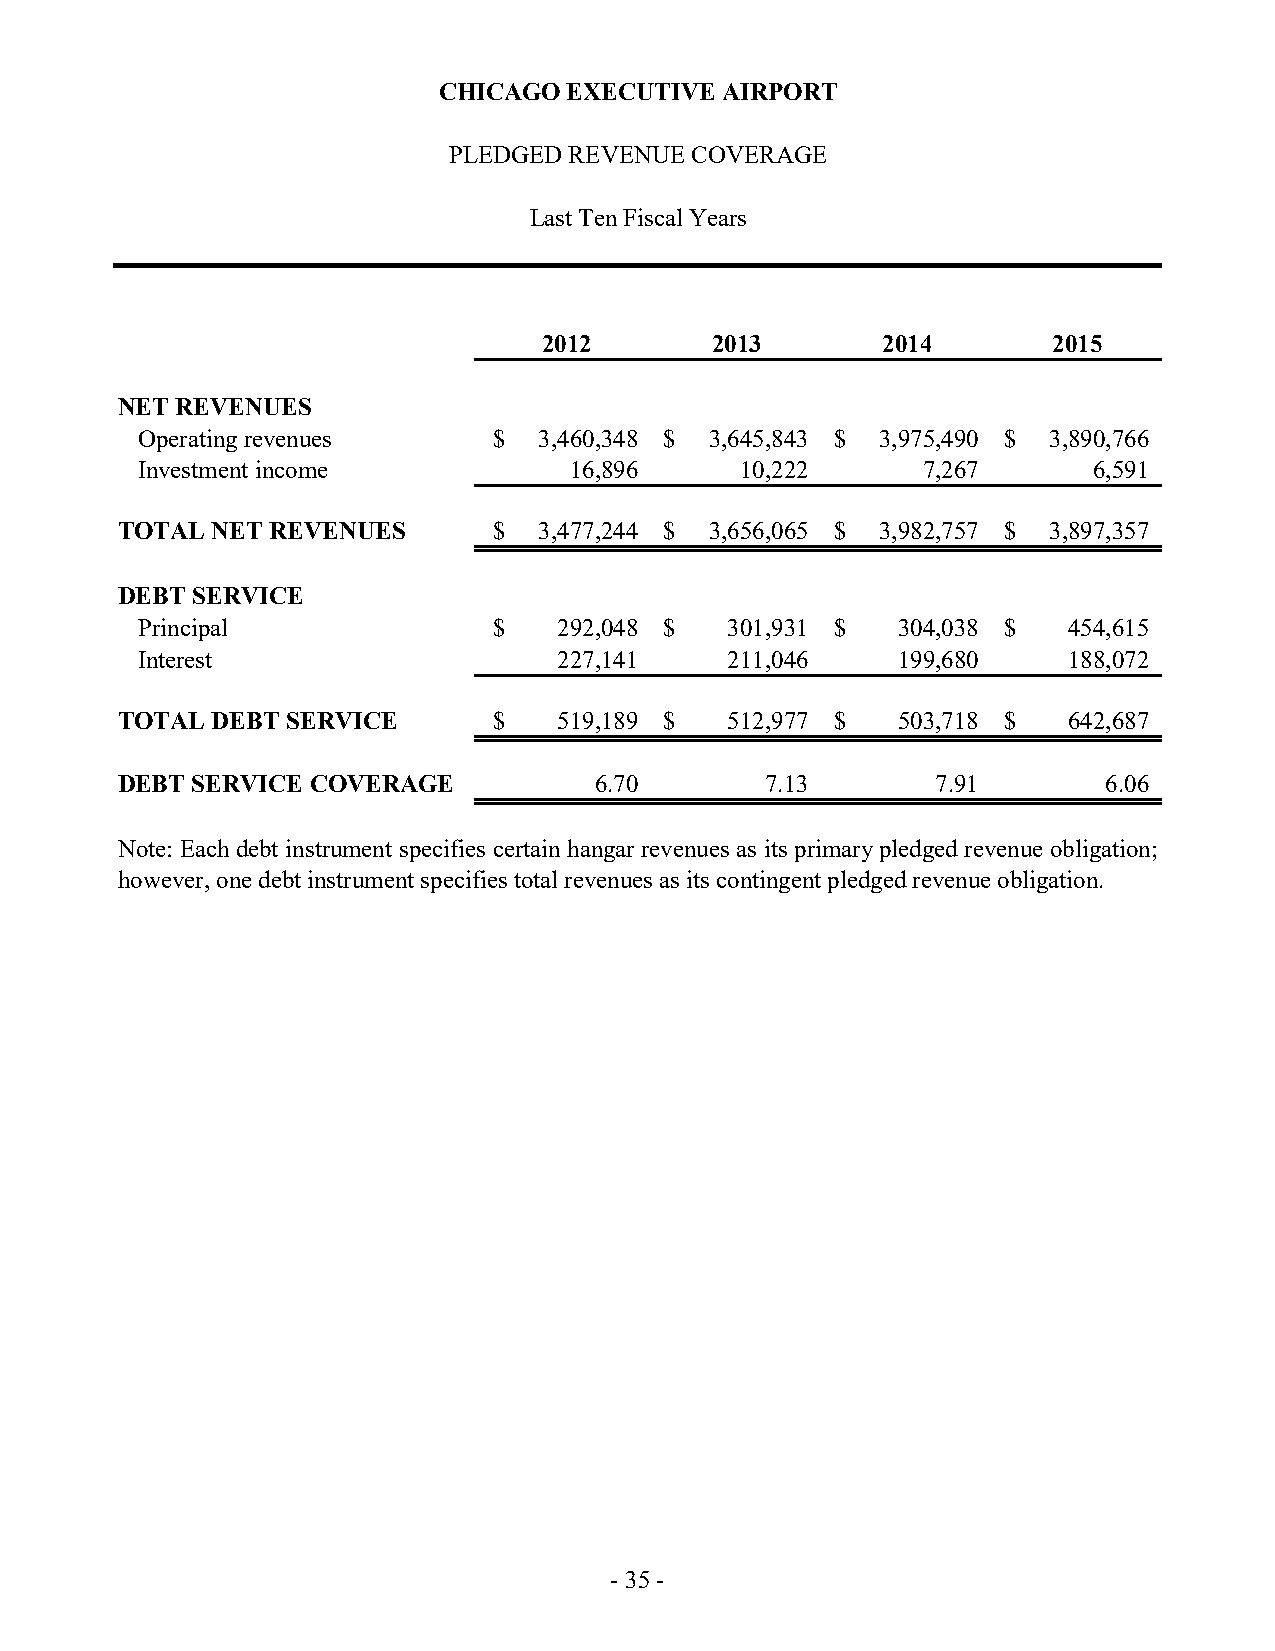
CHICAGO  EXECUTIVE AIRPORT
 PLEDGED REVENUE COVERAGE
 Last Ten Fiscal Years
 2012       2013       2014        2015
 NET REVENUES
 Operating revenues      $  3,460,348 $ 3,645,843 $ 3,975,490 $ 3,890,766
 Investment income            16,896     10,222      7,267      6,591
 TOTAL NET REVENUES       $  3,477,244 $ 3,656,065 $ 3,982,757 $ 3,897,357
 DEBT SERVICE
 Principal               $   292,048 $  301,931 $  304,038 $   454,615
 Interest                    227,141    211,046    199,680     188,072
 TOTAL DEBT SERVICE       $   519,189 $  512,977 $  503,718 $   642,687
 DEBT SERVICE COVERAGE          6.70        7.13       7.91       6.06
 Note: Each debt instrument specifies certain hangar revenues as its primarypledged revenue obligation;
 however, one debt instrument specifies total revenues as its contingent pledged revenue obligation.
 - 35 -